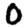
Digit: 0